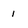
Character: 1